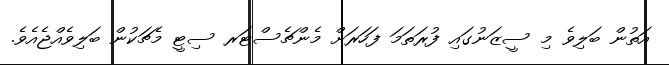
އަތުން ބަލިވެ މި ސީޒަނުގައި ފުރަތަމަ ފަހަރަށް މެންޗެސްޓަރ ސިޓީ މެޗަކުން ބަލިވެއްޖެއެވެ.